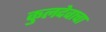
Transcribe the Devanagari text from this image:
कुलदेवाचा